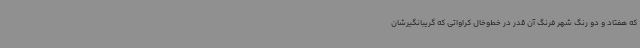
که هفتاد و دو رنگ شهر فرنگ آن‌ قدر در خط‌وخال کراواتی که گریبانگیرشان